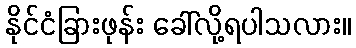
နိုင်ငံခြားဖုန်း ခေါ်လို့ရပါသလား။